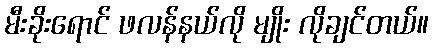
မီးခိုးရောင် ဖလန်နယ်လို မျိုး လိုချင်တယ်။